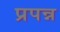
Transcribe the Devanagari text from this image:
प्रपन्न